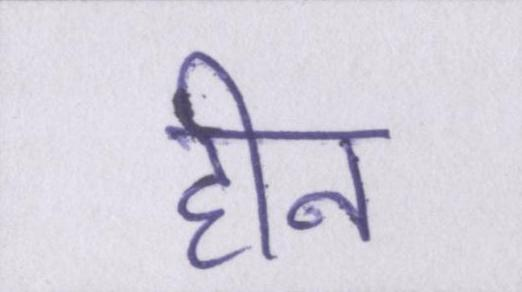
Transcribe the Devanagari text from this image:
हीन